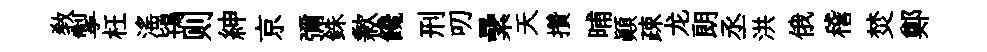
教掣枉滛鴇则紳京彌銖歉饞刑叨纍天攢晡顚疎龙朗丞洪俄稽焚鄭